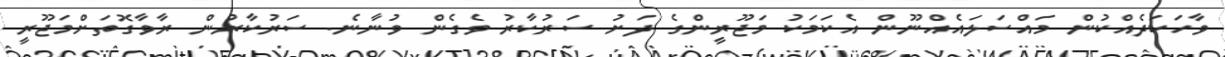
ވާހަކަދެއްކުން މައްސަލައެއްނޫން އެކަމަކު މަޖޫރީންގެ ދަށު ސަރުކާރު ވެގެން ވުނާނެ. ސަރުކާރުން ރާވާގޮތަށްމަޖޫރީ